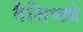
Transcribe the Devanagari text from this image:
वैशिष्‍ट्ये